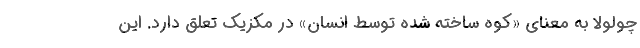
چولولا به معنای «کوه ساخته شده توسط انسان» در مکزیک تعلق دارد. این